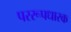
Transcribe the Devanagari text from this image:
पररूपधारक